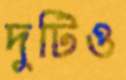
দুটিও